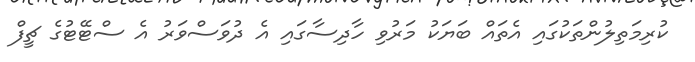
ކުރިމަތިލުންތަކުގައި އެތައް ބަޔަކު މަރުވި ހާދިސާގައި އެ ދުވަސްވަރު އެ ސްޓޭޓުގެ ޗީފް